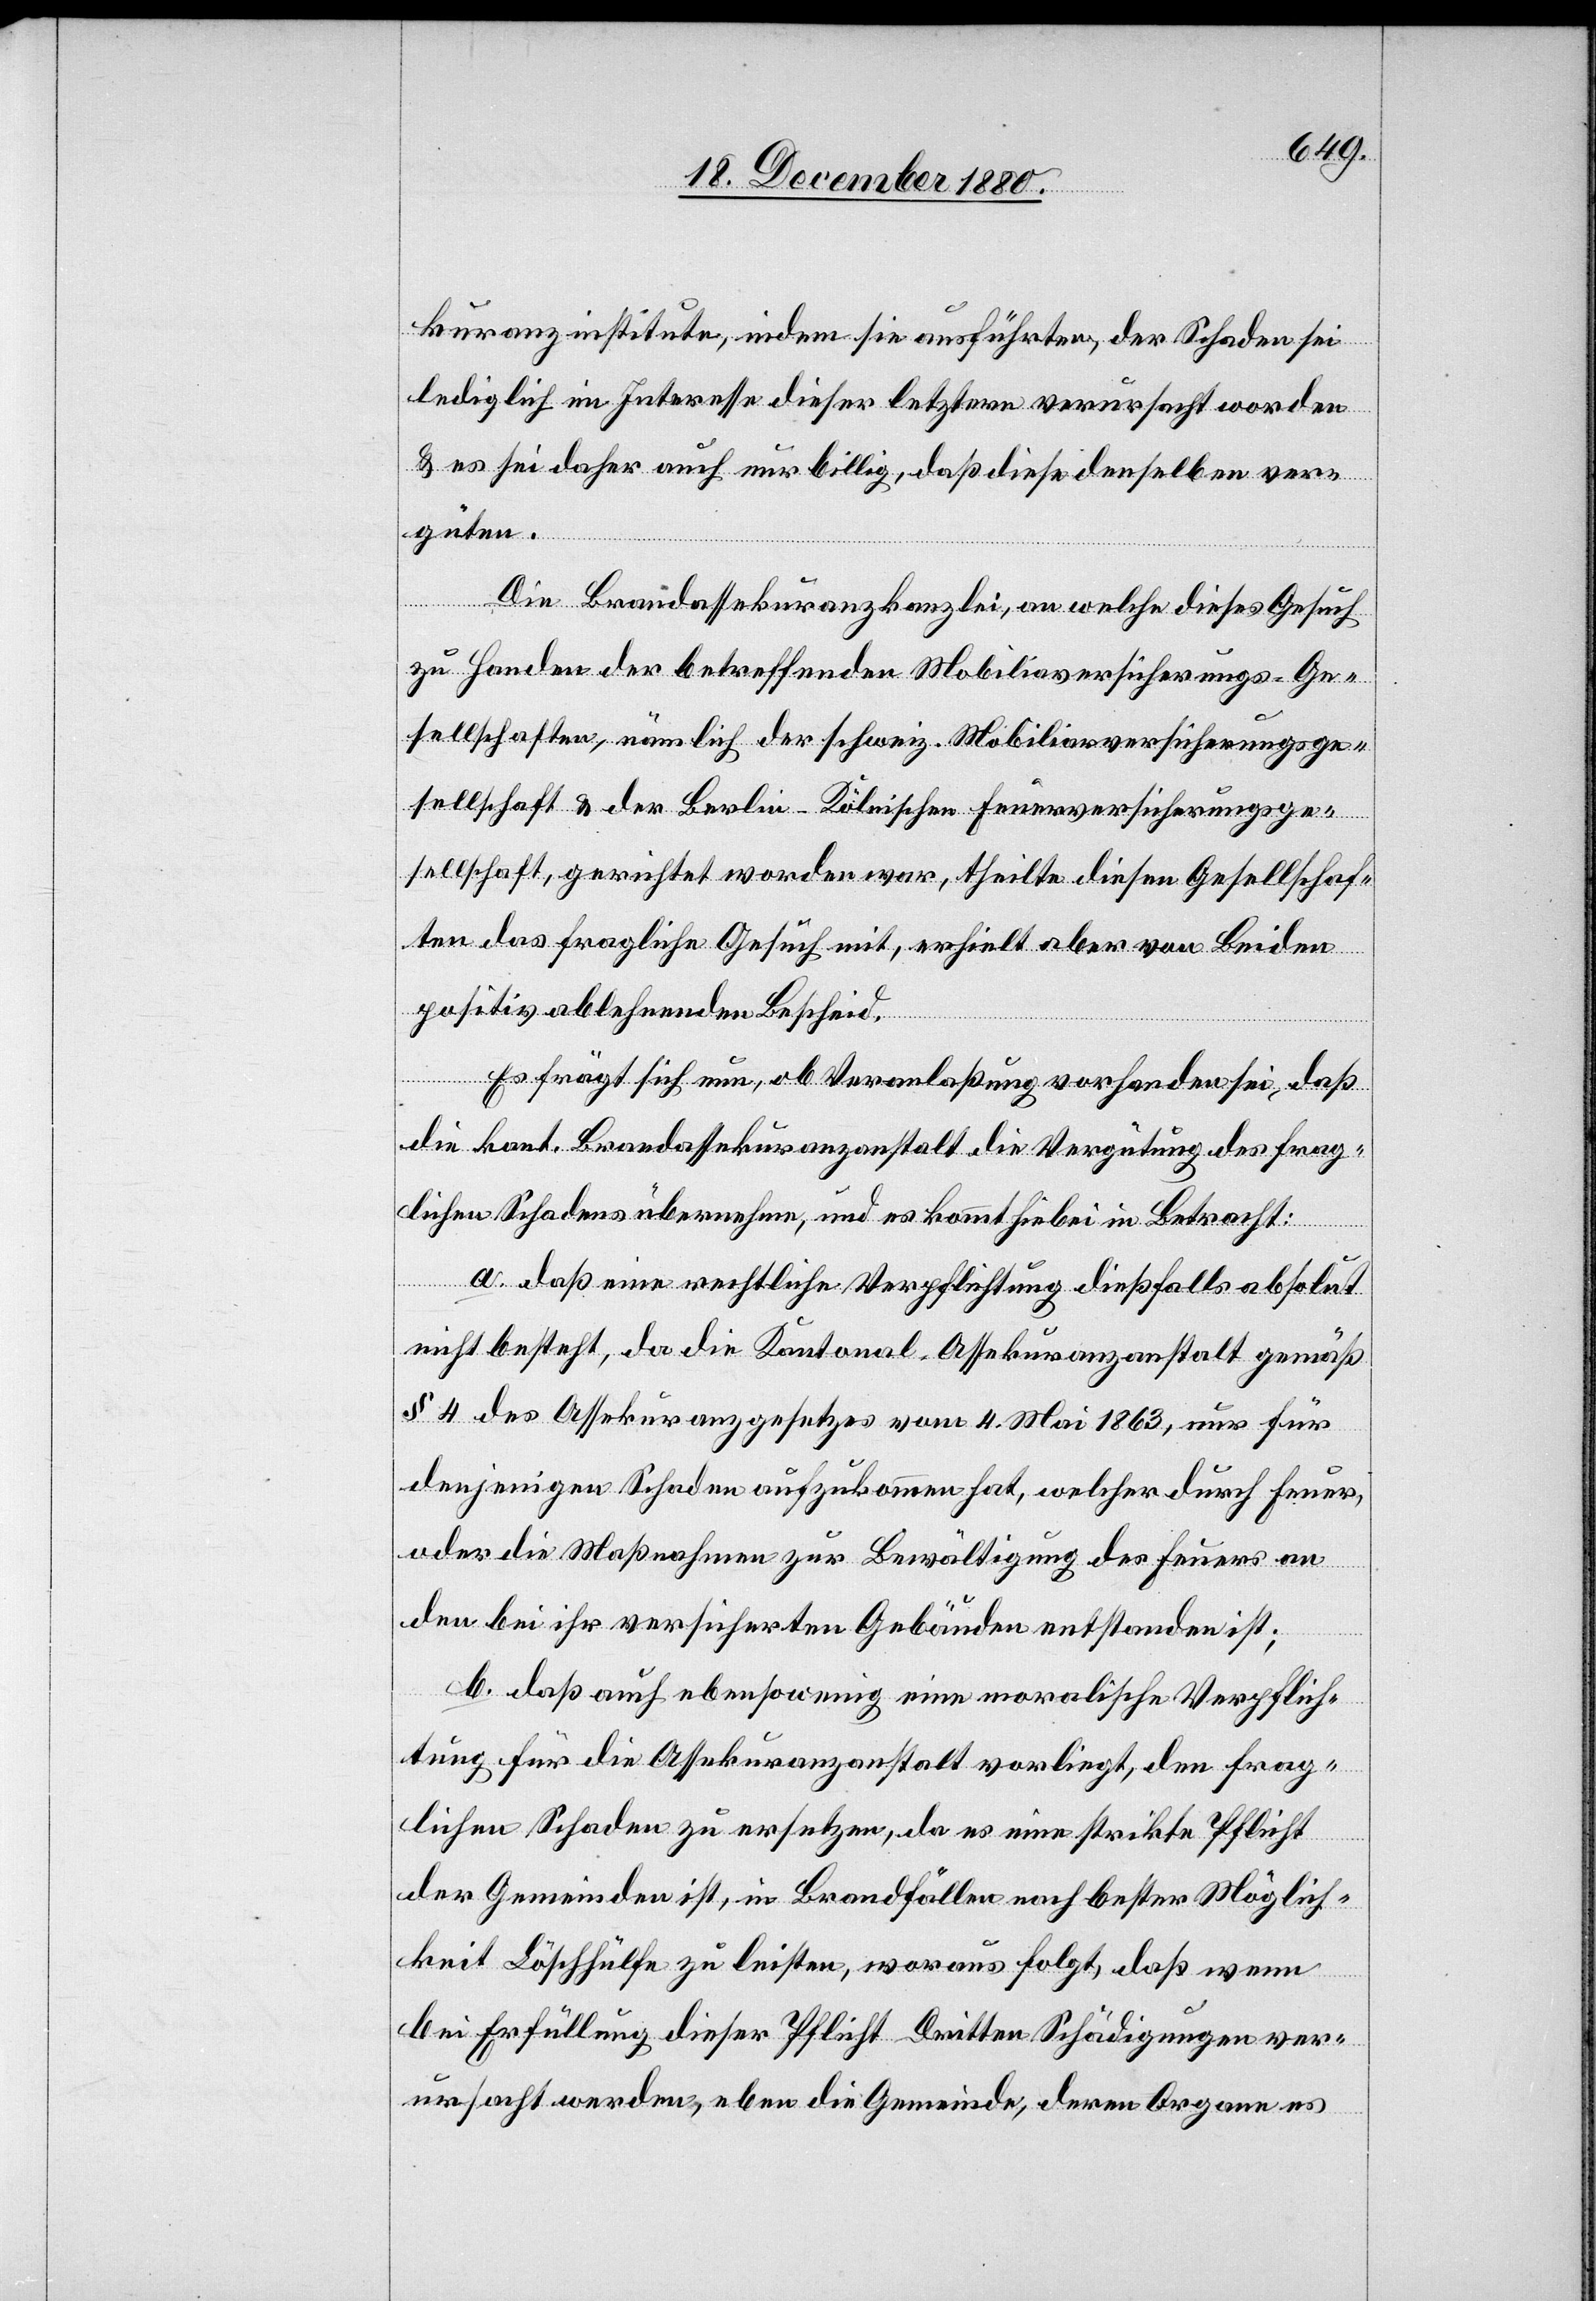
kuranzinstituten, indem sie ausführten, der Schaden sei
lediglich im Interesse dieser letztern verursacht worden
& es sei daher auch nur billig, daß diese denselben ver¬
güten.
Die Brandassekuranzkanzlei, an welche dieses Gesuch
zu Handen der betreffenden Mobiliarversicherungs-Ge¬
sellschaften, nämlich der schweiz. Mobiliarversicherungsge¬
sellschaft & der Berlin-Kölnischen Feuerversicherungsge¬
sellschaft, gerichtet worden war, theilte diesen Gesellschaf¬
ten das fragliche Gesuch mit, erhielt aber von Beiden
positiv ablehnenden Bescheid.
Es frägt sich nun, ob Veranlaßung vorhanden sei, daß
die kant. Brandassekuranzanstalt die Vergütung des frag¬
lichen Schadens übernehme, und es kommt hiebei in Betracht:
a. daß eine rechtliche Verpflichtung dießfalls absolut
nicht besteht, da die Kantonal-Assekuranzanstalt gemäß
§ 4 des Assekuranzgesetzes vom 4. Mai 1863, nur für
denjenigen Schaden aufzukommen hat, welcher durch Feuer,
oder die Maßnahmen zur Bewältigung des Feuers an
den bei ihr versicherten Gebäuden entstanden ist;
b. daß auch ebensowenig eine moralische Verpflich¬
tung für die Assekuranzanstalt vorliegt, den frag¬
lichen Schaden zu ersetzen, da es eine strikte Pflicht
der Gemeinden ist, in Brandfällen nach bester Möglich¬
keit Löschhülfe zu leisten, woraus folgt, daß wenn
bei Erfüllung dieser Pflicht Dritten Schädigungen ver¬
ursacht werden, eben die Gemeinde, deren Organe es